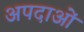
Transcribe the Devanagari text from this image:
अपदाओं